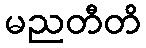
မညတီတိ